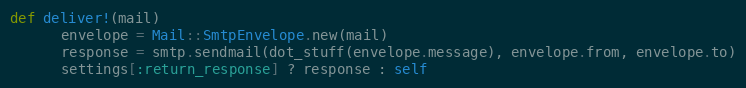
Language: Ruby
def deliver!(mail)
      envelope = Mail::SmtpEnvelope.new(mail)
      response = smtp.sendmail(dot_stuff(envelope.message), envelope.from, envelope.to)
      settings[:return_response] ? response : self